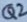
Text: Q2